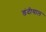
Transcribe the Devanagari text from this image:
डंदीयाल